Report on horse surra - Volume I
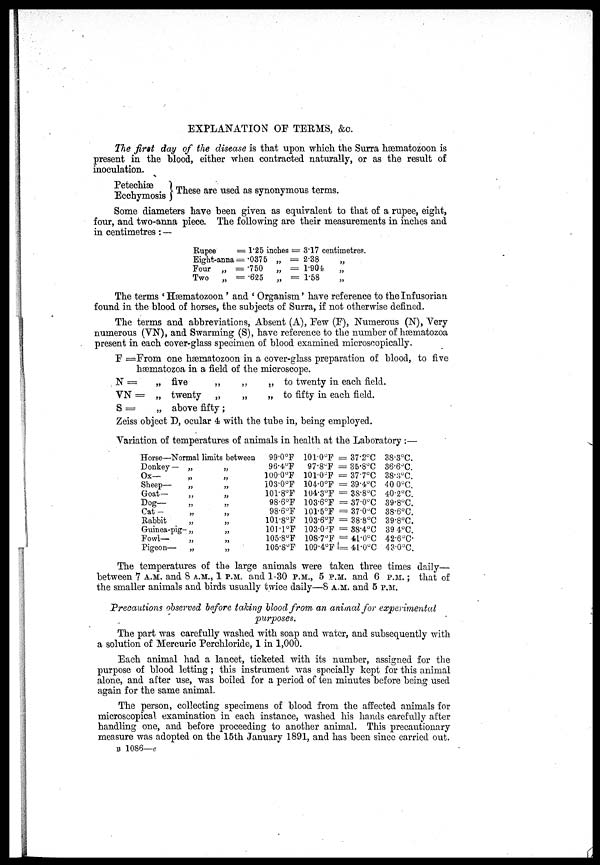
EXPLANATION OF TERMS, &c.
The first day of the disease is that upon which the Surra hæmatozoon is
present in the blood, either when contracted naturally, or as the result of
inoculation.
Petechiæ
Ecchymosis } These are used as synonymous terms.
Some diameters have been given as equivalent to that of a rupee, eight,
four, and two-anna piece. The following are their measurements in inches and
in centimetres: —
Rupee
Eight-anna
Four „
Two
„
= 1.25 inches =
= .0375 „
=
= .750 „
=
= .625 „
=
3.17 centimetres.
2.38 „
1.904
„
1.58 „
The terms ' Hæmatozoon ' and ' Organism' have reference to the Infusorian
found in the blood of horses, the subjects of Surra, if not otherwise defined.
The terms and abbreviations, Absent (A), Few (F), Numerous (N), Very
numerous (VN), and Swarming (S), have reference to the number of hæmatozoa
present in each cover-glass specimen of blood examined microscopically.
F =From one hæmatozoon in a cover-glass preparation of blood, to five
hæmatozoa in a field of the microscope.
N =
VN =
S =
„ live
„
„ twenty „
„ above fifty:
„
„
„ to twenty in each field.
„ to fifty in each field.
Zeiss object D, ocular 4 with the tube in, being employed.
Variation of temperatures of animals in health at the Laboratory:—
Horse—Normal limits between
Donkey —
Ox—
Sheep—
Goat—
Dog—
Cat—
Rabbit
Guinea-pig-
Fowl—
Pigeon—
„
„
„
„
„
„
„
„
„
„
„
„
„
„
„
„
„
„
„
„
99.0°F
96.4ºF
100.0°F
103.0°F
101.8°F
98.6°F
98.6°F
101.8°F
101.ºF
105.8°F
105.8°F
101.0°F
97.8°F
101.0°F
104.0°F
104.3°F
103.6°F
101.5°F
103.6°F
103.0ºF
108.7°F
109.4°F
= 37.2°C
= 35.8°C
= 37.7°C
= 39.4°C
= 38.8°C
= 37.0°C
= 37.0°C
= 38.8°C
= 38.4°C
= 41.0°C
= 41.0°C
38.3°C.
36.6°C.
38.3°C.
40.0°C.
40.2°C.
39.8°C.
38.6°C.
39.8°C.
39 4°C.
42.6°C.
43.0°C.
The temperatures of the large animals were taken three times daily—
between 7 A.M. and 8 A.M., 1 P.M. and 1-30 P.M., 5 P.M. and 6 P.M. ; that of
the smaller animals and birds usually twice daily—8 A.M. and 5 P.M.
Precautions observed before talcing blood from an animal for experimental
purposes.
The part was carefully washed with soap and water, and subsequently with
a solution of Mercuric Perchloride, 1 in 1,000.
Each animal had a lancet, ticketed with its number, assigned for the
purpose of blood letting ; this instrument was specially kept for this animal
alone, and after use, was boiled for a period of ten minutes before being used
again for the same animal.
The person, collecting specimens of blood from the affected animals for
microscopical examination in each instance, washed his hands carefully after
handling one, and before proceeding to another animal. This precautionary
measure was adopted on the 15th January 1891, and has been since carried out.
B 1086—e